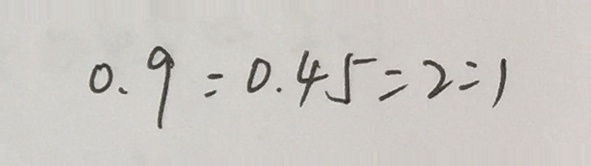
0 . 9 : 0 . 4 5 = 2 : 1